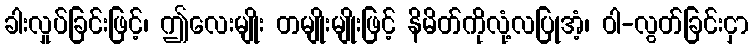
ခါးလှုပ်ခြင်းဖြင့်၊ ဤလေးမျိုး တမျိုးမျိုးဖြင့် နိမိတ်ကိုလုံ့လပြုအံ့၊ ဝါ-လွတ်ခြင်းငှာ